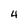
Character: 4